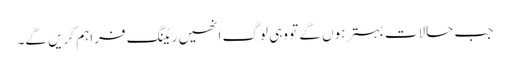
جب حالات بہتر ہوں گے تو وہی لوگ انھیں ریٹنگ فراہم کریں گے۔